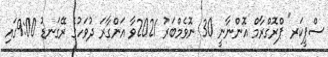
ސްޕީކަރ" ޕްރޮގްރާމް އޮންނާނީ 30 ނޮވެމްބަރު 2021ވާ އަންގާރަ ދުވަހުގެ ރޭގަނޑު 9:00ގައި